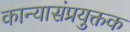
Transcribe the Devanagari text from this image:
कान्यासंप्रयुक्तक